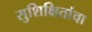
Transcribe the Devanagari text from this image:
सुशिक्षितांचा